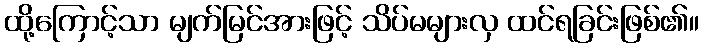
ထို့ကြောင့်သာ မျက်မြင်အားဖြင့် သိပ်မများလှ ထင်ရခြင်းဖြစ်၏။